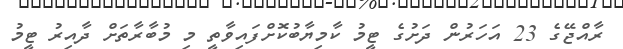
ރާއްޖޭގެ 23 އަހަރުން ދަށުގެ ޓީމު ކާމިޔާބުކޮށްފައިވާތީ މި މުބާރާތަށް ދާއިރު ޓީމު